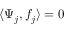
\langle \Psi _ { j } , f _ { j } \rangle = 0